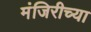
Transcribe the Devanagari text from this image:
मंजिरीच्या